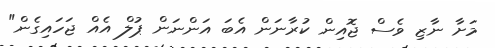
މަށާ ނާޒި ވެސް ޖޮއިން ކުރާނަން އެބަ އަންނަން ޕުލް އެއް ޖަހައިގެން"